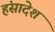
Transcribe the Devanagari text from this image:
हंसादेश